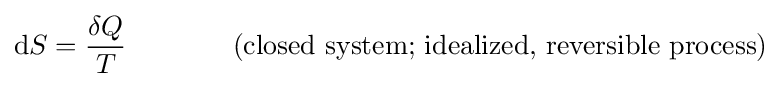
\mathrm {d} S={\frac {\delta Q}{T}}\,\,\,\,\,\,\,\,\,\,\,\,\,\,\,\,\,\,\,\,\,\,\,{\text{(closed system; idealized, reversible process)}}